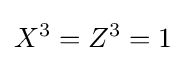
X^{3}=Z^{3}=1